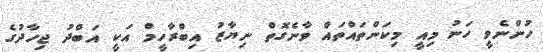
ހުންނެވީ ހަނު މިއީ މިކަންތައްތައް ވާނެގޮތް ނިޔާޒު އިބްރާހީމް އަކީ އަބްދު ޖިހާދުގެ